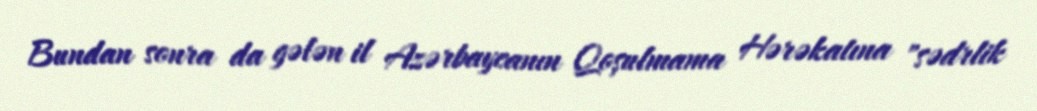
Bundan sonra da gələn il Azərbaycanın Qoşulmama Hərəkatına "sədrlik